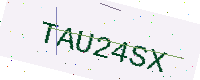
Text: TAU24SX